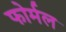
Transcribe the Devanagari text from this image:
फोर्मल